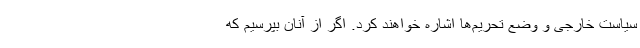
سیاست خارجی و وضع تحریم‌ها اشاره خواهند کرد. اگر از آنان بپرسیم که